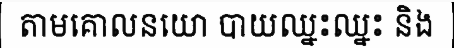
តាមគោលនយោ បាយឈ្នះឈ្នះ និង